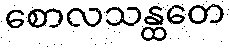
စောလသန္ထတေ